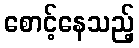
စောင့်နေသည့်